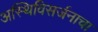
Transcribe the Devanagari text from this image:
अस्थिविसर्जनाचा